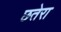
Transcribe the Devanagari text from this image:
छतेरा